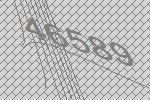
46589